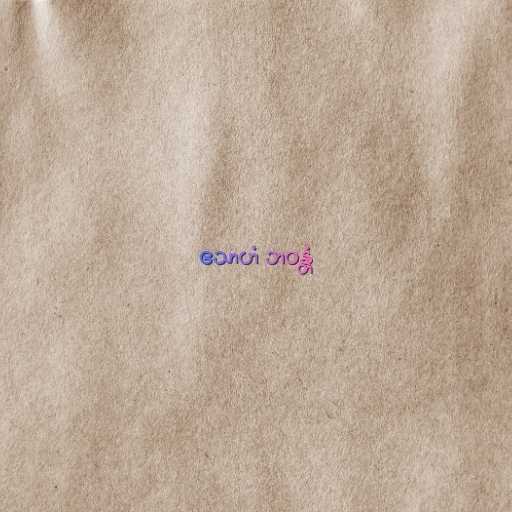
ဧသာဟံ ဘဝန္တံ